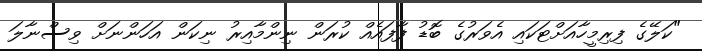
"ކަލޭގެ ފިރިމީހާއަށްޓަކައި އެވަރުގެ ބޮޑު ފާފައެއް ކުރަން ނިންމާއިރު ނިކަން އަހަންނަށް ވިސްނާލަ